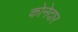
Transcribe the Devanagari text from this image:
कोनेदार